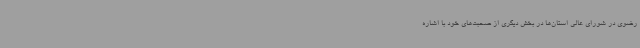
رضوی در شورای عالی استان‌ها در بخش دیگری از صحبت‌های خود با اشاره